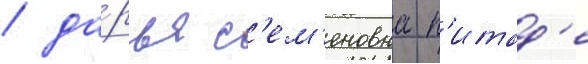
/ да́рья с'ем'еновна п'итад'е